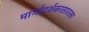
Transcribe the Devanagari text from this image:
मार्गादर्शकासारखा